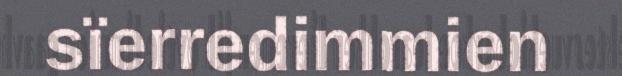
sïerredimmien